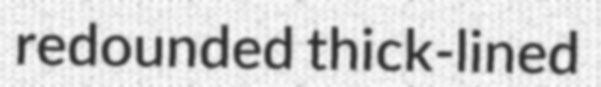
redounded thick-lined